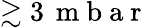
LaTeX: \gtrsim 3\, \mathrm{~m~b~a~r~}